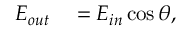
\begin{array} { r l } { E _ { o u t } } & { { } = E _ { i n } \cos \theta , } \end{array}